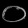
Digit: ၀